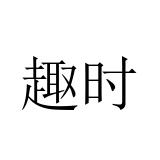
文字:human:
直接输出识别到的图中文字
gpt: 趣时